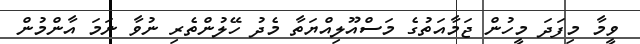
ވީމާ މިފަދަ މީހުން ޖަމާއަތުގެ މަސްއޫލިއްޔަތާ މެދު ހޭލުންތެރި ނުވާ ނަމަ އާންމުން